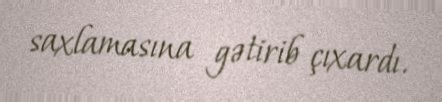
saxlamasına gətirib çıxardı.